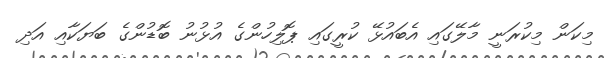
މިކަން މިކުރަނީ މާލޭގައި އެބައުޅޭ ކުރީގައި ޕޮލިހުންގެ އުޅުނު ބޮޑުންގެ ބަޔަކާއި އަދި